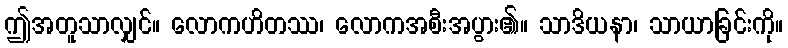
ဤအတူသာလျှင်။ လောကဟိတဿ၊ လောကအစီးအပွား၏။ သာဒိယနာ၊ သာယာခြင်းကို။